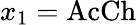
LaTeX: x_{1}=\mathrm{AcCh}